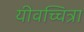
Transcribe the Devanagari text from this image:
यीवच्चित्रा